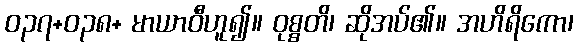
ဝ၃၇+၀၃၈+ မာယာဝီဟူ၍။ ဝုစ္စတိ၊ ဆိုအပ်၏။ အဟိရိကော၊